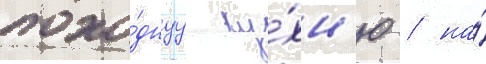
похо́днуу ку́хн'ю / на́